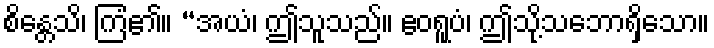
စိန္တေသိ၊ ကြံ၏။ “အယံ၊ ဤသူသည်။ ဧဝရူပံ၊ ဤသို့သဘောရှိသော။